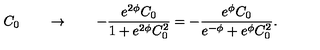
\, C _ { 0 } \qquad \rightarrow \qquad - \frac { e ^ { 2 \phi } C _ { 0 } } { 1 + e ^ { 2 \phi } C _ { 0 } ^ { 2 } } = - \frac { e ^ { \phi } C _ { 0 } } { e ^ { - \phi } + e ^ { \phi } C _ { 0 } ^ { 2 } } .